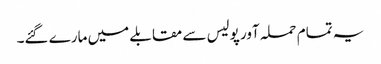
یہ تمام حملہ آور پولیس سے مقابلے میں مارے گئے۔